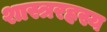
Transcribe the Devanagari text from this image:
शास्त्ररहस्य